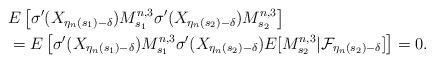
LaTeX: \begin{align*} &E\left[ \sigma'(X_{\eta_n(s_1)-\delta}) M_{s_1}^{n,3} \sigma'(X_{\eta_n(s_2)-\delta}) M_{s_2}^{n,3} \right] \\ & =E\left[ \sigma'(X_{\eta_n(s_1)-\delta}) M_{s_1}^{n,3} \sigma'(X_{\eta_n(s_2)-\delta}) E[M_{s_2}^{n,3} | \mathcal{F}_{\eta_n(s_2)-\delta}] \right] =0. \end{align*}